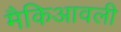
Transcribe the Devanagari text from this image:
मैकिआवली